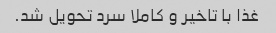
غذا با تاخیر و کاملا سرد تحویل شد.